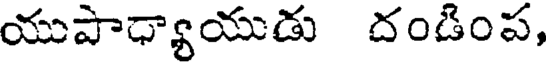
యుపాధ్యాయుడు దండింప,